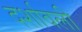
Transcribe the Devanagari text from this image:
दर्शावली